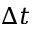
\Delta t